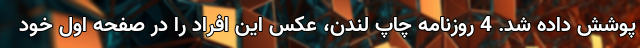
پوشش داده شد. 4 روزنامه چاپ لندن، عکس این افراد را در صفحه اول خود